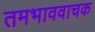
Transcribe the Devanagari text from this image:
तमभाववाचक